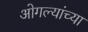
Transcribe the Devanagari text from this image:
ओगल्यांच्या